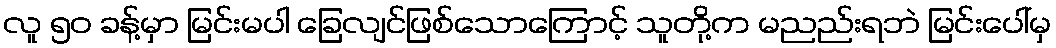
လူ ၅၀ ခန့်မှာ မြင်းမပါ ခြေလျင်ဖြစ်သောကြောင့် သူတို့က မညည်းရဘဲ မြင်းပေါ်မှ